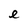
Character: e